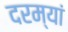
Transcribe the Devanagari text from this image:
दरम्‍यां